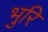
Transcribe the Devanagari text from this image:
भुरि